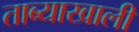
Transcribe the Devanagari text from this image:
ताब्याखाली